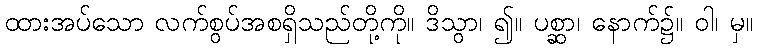
ထားအပ်သော လက်စွပ်အစရှိသည်တို့ကို။ ဒိသွာ၊ ၍။ ပစ္ဆာ၊ နောက်၌။ ဝါ၊ မှ။